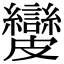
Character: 𥀺